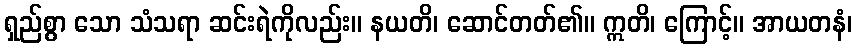
ရှည်စွာ သော သံသရာ ဆင်းရဲကိုလည်း။ နယတိ၊ ဆောင်တတ်၏။ ဣတိ၊ ကြောင့်။ အာယတနံ၊